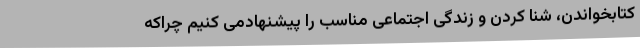
کتابخواندن، شنا کردن و زندگی اجتماعی مناسب را پیشنهادمی کنیم چراکه